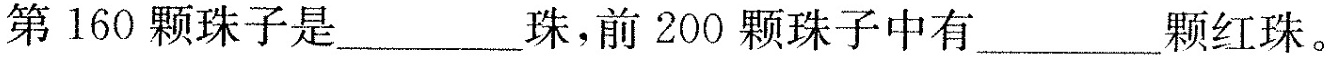
第160颗珠子是___珠，前200颗珠子中有___颗红珠。